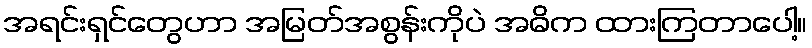
အရင်းရှင်တွေဟာ အမြတ်အစွန်းကိုပဲ အဓိက ထားကြတာပေါ့။